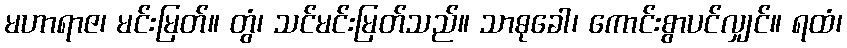
မဟာရာဇ၊ မင်းမြတ်။ တွံ၊ သင်မင်းမြတ်သည်။ သာဓုခေါ၊ ကောင်းစွာပင်လျှင်။ ရထံ၊